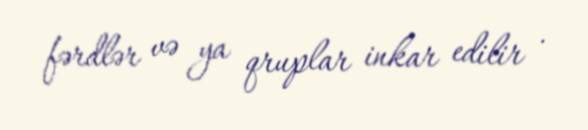
fərdlər və ya qruplar inkar edilir .